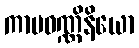
ကာမဝဏ္ဏိနိယော